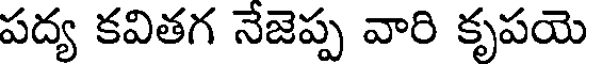
పద్య కవితగ నేజెప్ప వారి కృపయె